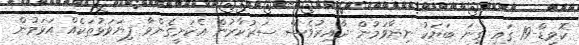
ކޮވިޑް-19 ގައި ގިނަ ބަޔަކު ނިޔާވަމުން ދާއިރުވެސް ސަރުކާރުން އެކަށީގެންވާ ފިޔަވަޅުތަކެއް އަޅަމުން